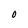
Character: O